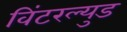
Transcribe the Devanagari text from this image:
विंटरल्युड